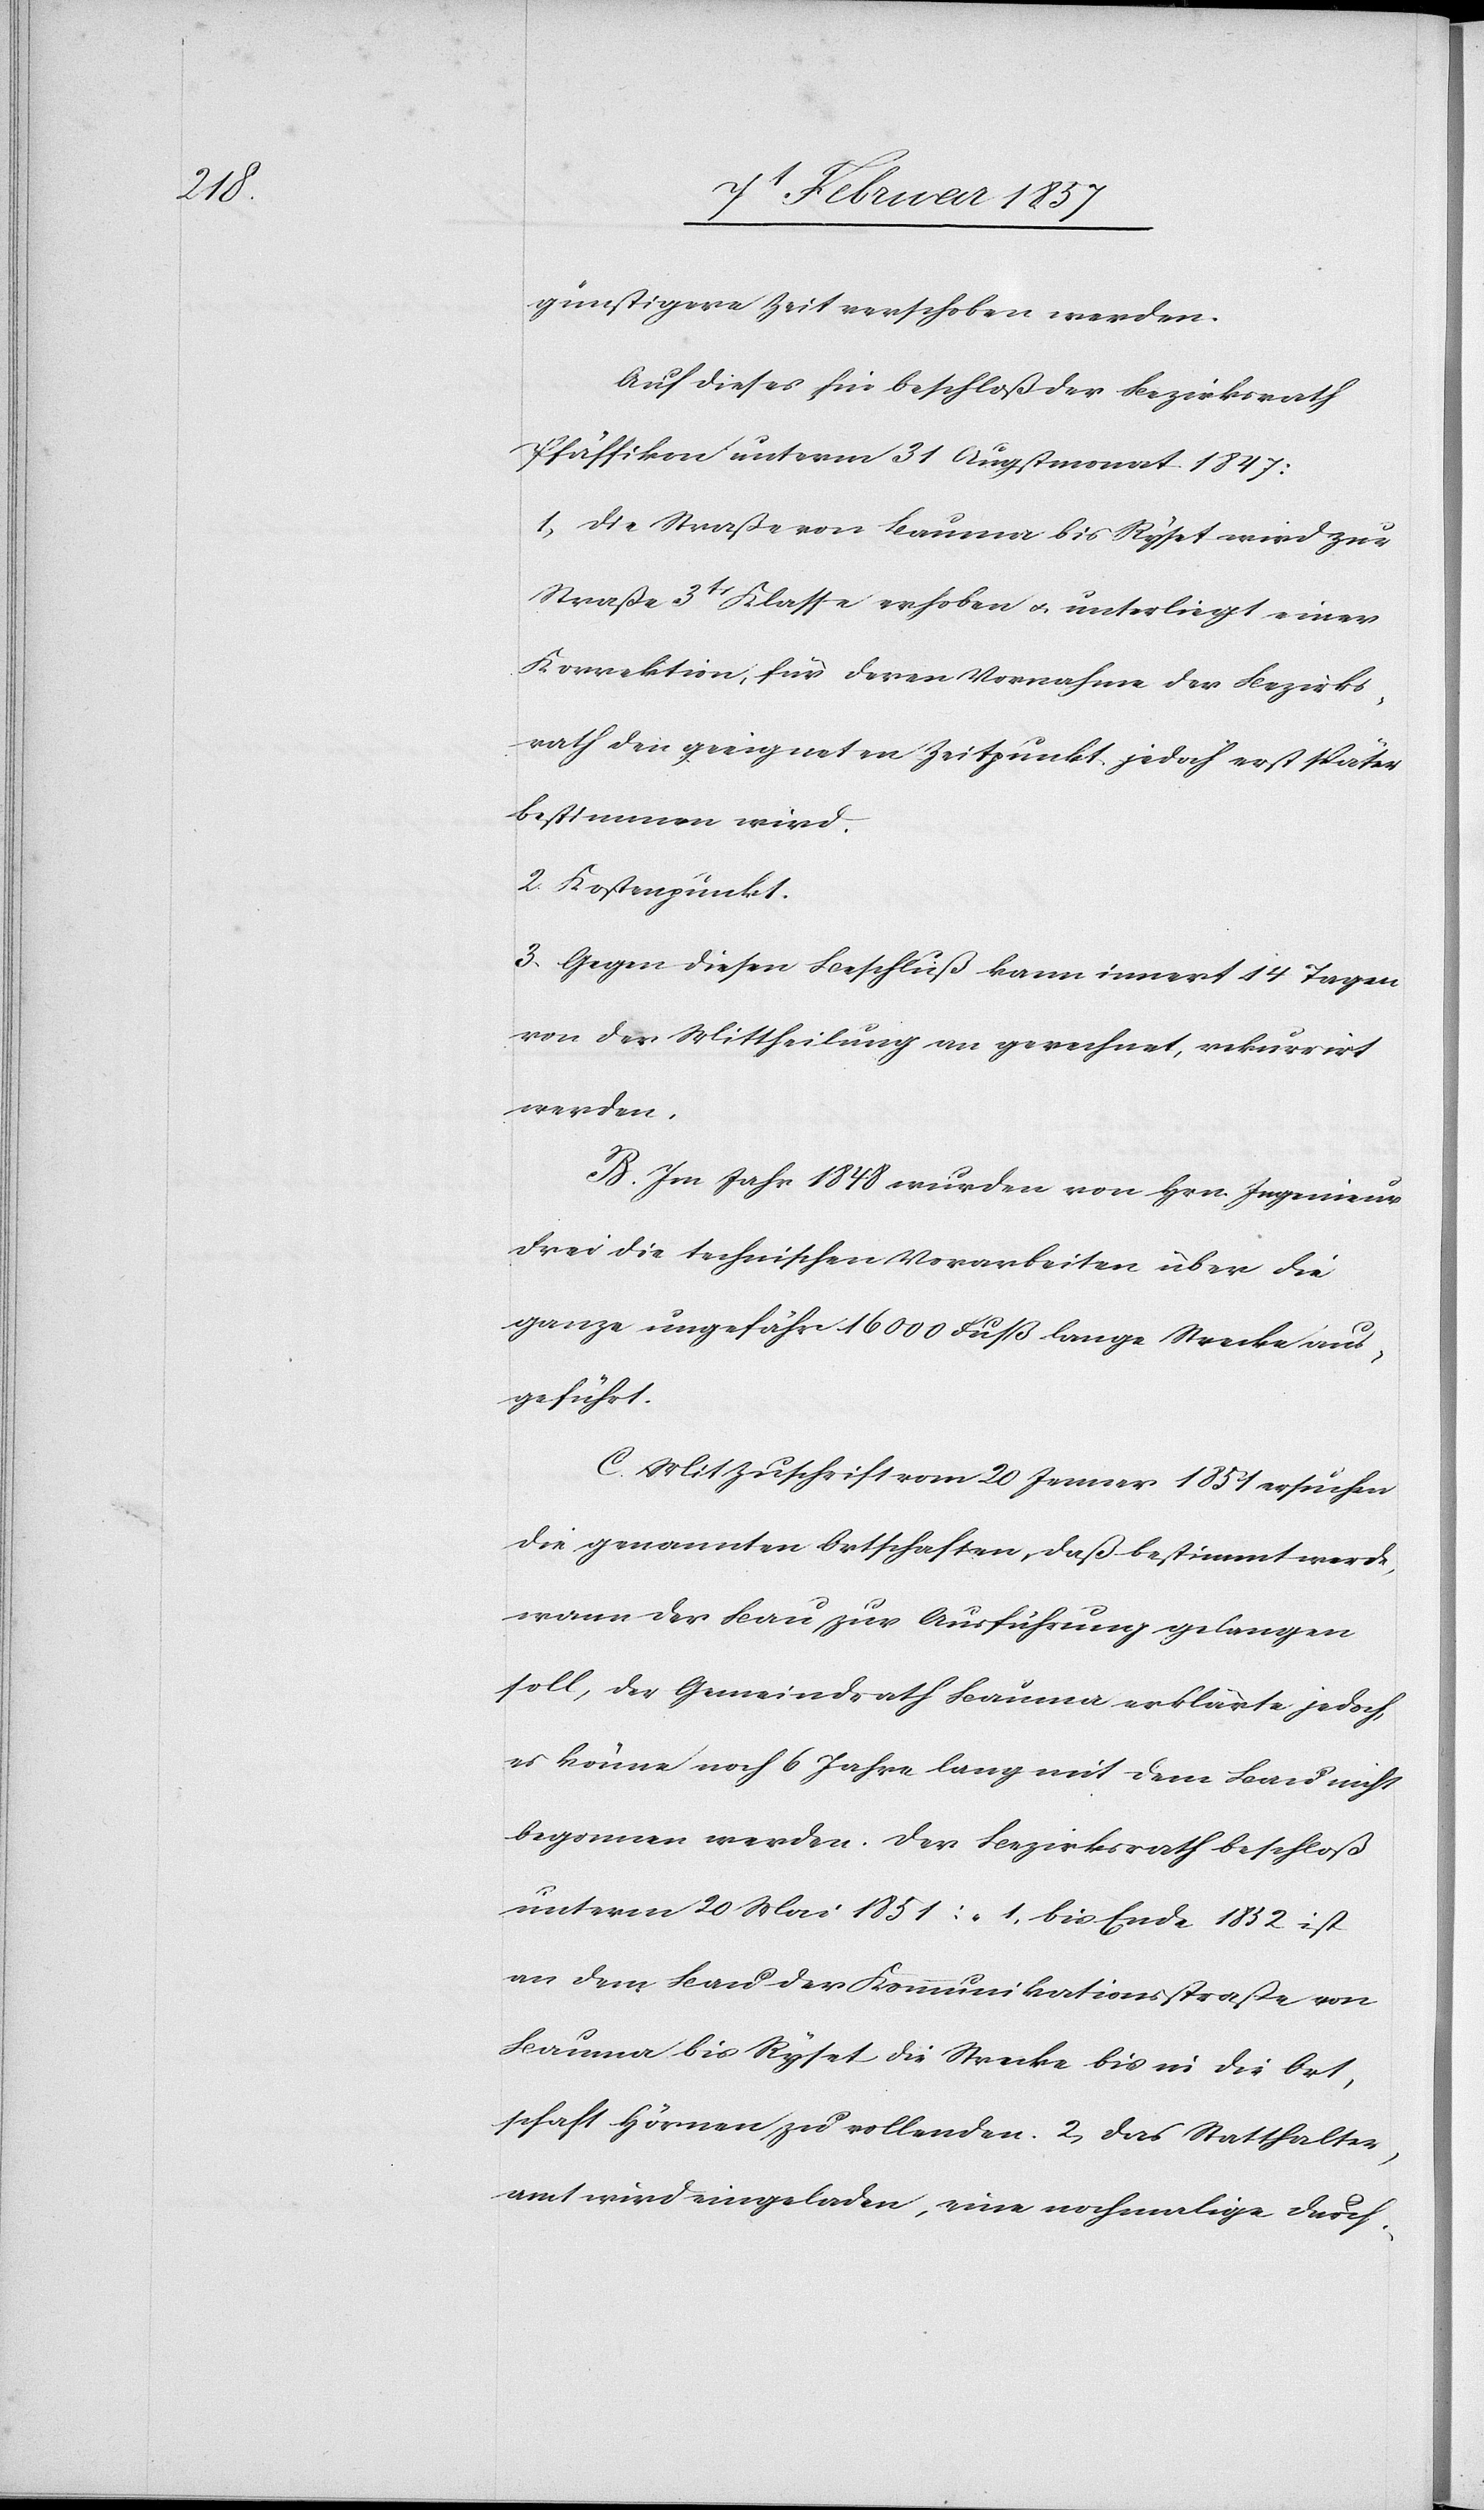
günstigere Zeit verschoben werden.
Auf dieses hin beschloß der Bezirksrath
Pfäffikon unterm 31 Augstmonat 1847:
1. Die Straße von Bauma bis Ryset wird zur
Straße 3tr Klasse erhoben u. unterliegt einer
Korrektion, für deren Vornahme der Bezirks¬
rath den geeigneten Zeitpunkt, jedoch erst später
bestimmen wird.
2. Kostenpunkt.
3. Gegen diesen Beschluß kann innert 14 Tagen
von der Mittheilung an gerechnet, rekurrirt
werden.
B. Im Jahr 1848 wurden von Hrn. Ingenieur
Frei die technischen Vorarbeiten über die
ganze ungefähr 16 000 Fuß lange Strecke aus¬
geführt.
C. Mit Zuschrift vom 20 Jenner 1851 ersuchen
die genannten Ortschaften, daß bestimmt werde,
wann der Bau zur Ausführung gelangen
soll, der Gemeinderath Bauma erklärte jedoch,
es könne noch 6 Jahre lang mit dem Bau nicht
begonnen werden. Der Bezirksrath beschloß
unterm 20 Mai 1851: „Bis Ende 1832 ist
an dem Bau der Kommunikationsstraße von
Bauma bis Ryset die Strecke bis in die Ort¬
schaft Hörnen zu vollenden. 2. Das Statthalter¬
amt wird eingeladen, eine nochmalige Durch-